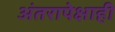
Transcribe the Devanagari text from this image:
अंतरापेक्षाही